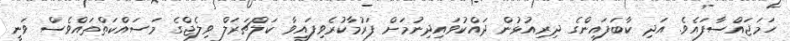
ހަމަޖައްސާފައެވެ. އަދި ކާބަފައިންގެ ދިރިއުޅުން ދައްކުވައިދިނުމަށް ފަރުމާކުރެވިފައިވާ ކަލްޗަރަލް ވިލެޖްގެ މަސައްކަތްތައްވެސް ވަނީ